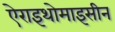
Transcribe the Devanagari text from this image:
ऐराइथोमाइसीन